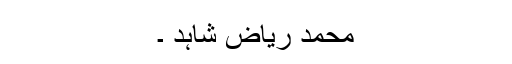
محمد ریاض شاہد ۔